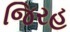
જિરહ